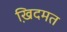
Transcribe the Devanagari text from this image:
खि़दमत